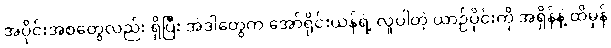
အပိုင်းအစတွေလည်း ရှိပြီး အဲဒါတွေက အော်ရိုင်းယန်ရဲ့ လူပါတဲ့ ယာဉ်ပိုင်းကို အရှိန်နဲ့ ထိမှန်